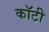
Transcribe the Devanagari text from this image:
कॉटी